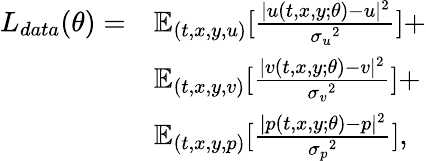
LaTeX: \begin{array}{rl}{L_{data}(\theta)=}&{\mathbb{E}_{(t,x,y,u)}[\frac{|{u}(t,x,y;\theta)-{u}|^{2}}{{\sigma_{u}}^{2}}]+}\\ &{\mathbb{E}_{(t,x,y,v)}[\frac{|{v}(t,x,y;\theta)-{v}|^{2}}{{\sigma_{v}}^{2}}]+}\\ &{\mathbb{E}_{(t,x,y,p)}[\frac{|{p}(t,x,y;\theta)-{p}|^{2}}{{\sigma_{p}}^{2}}],}\end{array}